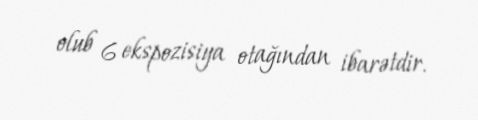
olub 6 ekspozisiya otağından ibarətdir.